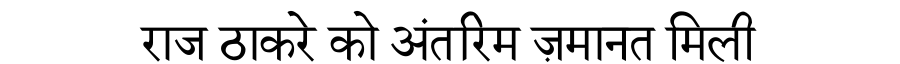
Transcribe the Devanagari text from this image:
राज ठाकरे को अंतरिम ज़मानत मिली